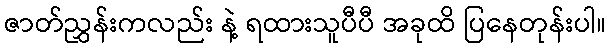
ဇာတ်ညွှန်းကလည်း နဲ့ ရထားသူပီပီ အခုထိ ပြနေတုန်းပါ။